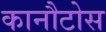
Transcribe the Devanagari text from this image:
कानौटोस